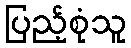
ပြည့်စုံသူ